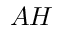
A H